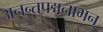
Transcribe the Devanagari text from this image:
अनन्तपद्मनाभन्